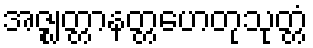
အဇ္ဈတ္တာနတ္တဟေတုသုတ္တံ